Calcutta medical institutions reports 1871-78
Year: 1871
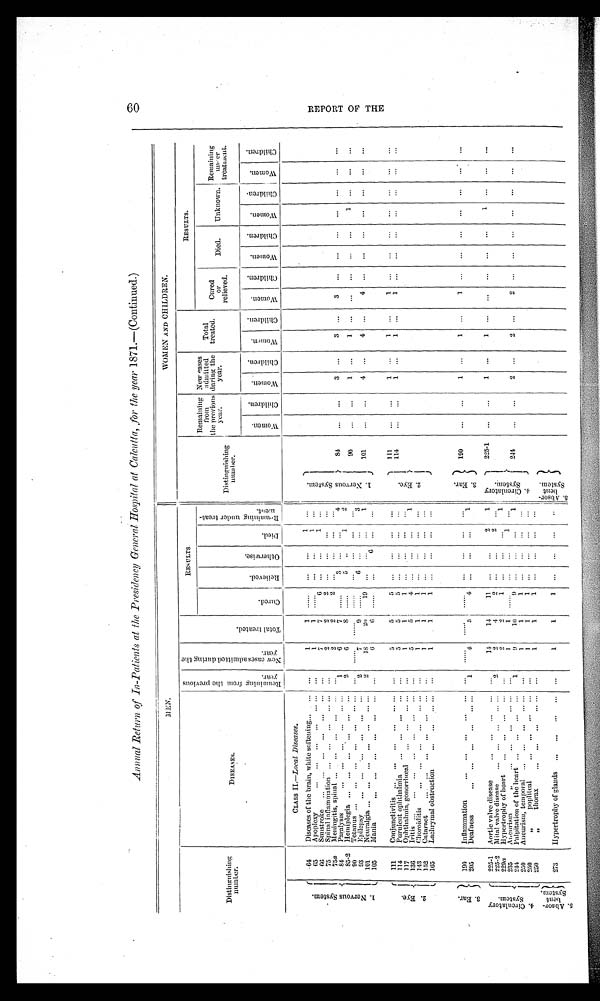
60
Annual Return of In-Patients at the Presidency General Hospital at Calcutta, for the year 1871.—(Continued.)
MEN.
WOMEN AND CHILDREN.
Distinguishing
number.
DISEASES.
R e m a i n i n g f r o m t h e p r e v i o u s
y e a r .
N e w c a s e s a d m i t t e d d u r i n g t h e
y e a r .
T o t a l t r e a t e d .
R E S U L T S .
Distinguishing
n u m b e r .
Remaining
from
the previous
year.
New cases
admitted
during the
year.
Total
treated.
RESULTS.
C u r e d .
R e l i e v e d .
O t h e r w i s e .
D i e d .
R e m a i n i n g u n d e r t r e a t -
m e n t .
Cured
or
relieved.
Died.
Unknown.
Remaining
u n d e r
treatment.
Women.
C h i l d r e n .
W o m e n .
C h i l d r e n .
W o m e n .
C h i l d r e n .
W o m e n .
C h i l d r e n .
W o m e n .
C h i l d r e n .
W o m e n .
C h i l d r e n .
W o m e n .
C h i l d r e n .
CLASS II.— Local Diseases.
1 . N e r v o u s S y s t e m .
64
Discases of the brain, white softening . . . ... ...
1
1 ......
...
...
1
. . .
1 . N e r v o u s S y s t e m .
65
Apoplexy
. . .
... ...
. . .
. . . . . . ...
1
1
. . . . . .
...
. . . 1
...
66
Sunstroke
...
...
...
...
. . .
. . . ...
7
7
6
. . .
. . .
1
. . .
75
Spinal inflammation ...
...
...
... ...
...
2
2
2
. . .
. . . ...
. . .
75a
Meningitis, spinal
. . .
. . . ...
...
. . . ...
2
2
2 ...
...
...
. . .
84
Paralysis
...
...
. . . ...
. . . ...
1
6
7 ......
3
. . .
...
4
84
...
. . .
3
. . .
3
. . .
3
. . . ...
. . .
. . .
. . .
. . .
. . .
85-2
Hemiplegia ...
...
...
. . .
. . .
...
2
6
8 ......
5
. . .
1
2
90
Tetanus ...
...
...
...
. . .
. . . . . . ...
. . . . . .
. . . . . .
. . . . . . . . .
...
...
...
90
...
...
1 ...
1 ...
...
...
...
...
1
. . .
. . .
. . .
93
Epilepsy
...
...
. . .
. . . ...
. . .
2
7
9 ......
6
. . .
. . .
3
101
Neuralgia ...
...
... ... ...
. . . ...
2
18
20
19 ...
. . .
...
1
101
...
...
4 ...
4 ...
4 ...
...
. . .
. . .
. . .
. . .
. . .
105
Mania
. . .
. . .
. . .
. . .
. . .
. . .
...
6
6 ......
...
6
...
. . .
2 . E y e . 111
Conjunctivitis ...
...
...
...
. . . . . . ...
5
5
5 ...
...
...
...
2 . E y e .
111
...
...
1 ...
1
...
1 ...
...
...
...
...
...
. . .
114
Purulent ophthalmia
...
...
...
...
...
5
5
5
. . .
. . .
...
. . .
114
...
...
1
...
1
. . .
1
. . .
...
. . .
. . .
. . .
. . .
. . .
117
Ophthalmia, gonorrhœal
...
...
... ...
...
1
1
1
...
. . .
. . . ...
136
Iritis ...
. . .
. . .
. . .
. . .
. . .
. . . ...
5
5
4
. . .
. . .
...
1
1 4 3
C h o r o i d i t i s
. . .
. . .
. . .
. . .
. . . . . .
...
1
1
1
...
. . . ...
...
152
Cataract
...
...
...
...
...
... ...
1
1
1
...
. . .
. . .
. . .
165
Lachrymal obstruction
...
...
...
...
...
1
1
1 ...
. . .
...
. . .
3 . E a r .
190
Inflammation
...
...
...
...
...
...
. . . . . .
. . . . . .
. . . . . .
. . .
. . .
. . .
...
3 . E a r .
190
...
. . .
1 ...
1
. . .
1
. . .
...
. . .
. . .
. . .
. . .
. . .
205
Deafness
. . .
. . .
. . .
. . .
. . . . . .
1
4
5
4 ...
...
. . .
1
4 . C i r c u l a t o r y
S y s t e m . 225-1 Aortic valve disease
...
...
...
...
...
14
14
11
...
...
2
1
4 . C i r c u l a t o r y
S y s t e m .
225-1
...
...
1
. . .
1
. . .
. . .
. . .
...
. . . 1 ...
. . .
...
225-2
Mital valve disease
...
...
...
... ...
2
2
4
2
. . .
. . .
2 ...
229a
Hypertrophy of heart
...
...
...
...
...
2
2
1
...
. . .
. . .
1
235
Aneurism ,,
...
...
...
...
...
1
1 ......
...
... 1
...
244
Palpitation of the heart ...
...
...
...
1
9
10
9
...
. . .
. . .
1
24
4
...
...
2
. . .
2
. . .
2
. . .
...
. . .
. . .
. . .
. . .
. . .
250
Aneurism, temporal ...
...
...
... ...
...
1
1
1
...
...
...
...
250
,, popliteal
. . .
. . .
. . .
. . . ...
1
1
1 ...
...
...
...
250
,,
thorax
. . .
. . .
. . .
. . . . . . ...
1
1
1
. . .
. . .
...
. . .
5 . A b s o r -
b e n t
S y s t e m .
273
Hypertrophy of glands
. . .
. . .
. . .
. . .
...
1
1
1
...
. . .
. . .
. . .
5 . A b s o r -
b e n t
S y s t e m .
R E P O R T O F T H E